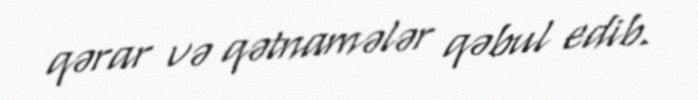
qərar və qətnamələr qəbul edib.